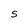
Character: S